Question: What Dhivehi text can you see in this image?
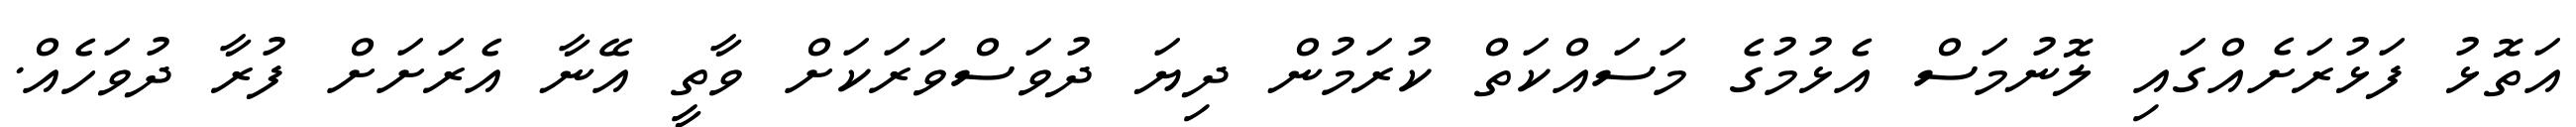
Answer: އަތޮޅު ފަޅުރަށެއްގައި ލޮނުމަސް އެޅުމުގެ މަސައްކަތް ކުރަމުން ދިޔަ ދުވަސްވަރަކަށް ވާތީ އޭނާ އެރަށަށް ފުރާ ދުވަހެއް.